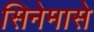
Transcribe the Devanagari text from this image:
सिनेमासे